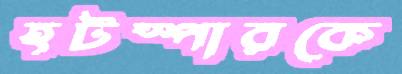
হটস্পারকে